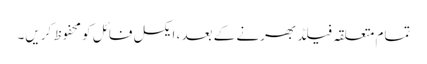
تمام متعلقہ فیلڈ بھرنے کے بعد ، ایکسل فائل کو محفوظ کریں۔